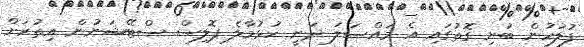
ފުލުހުން ބުނި ގޮތުގައި އެ މައްސަލަ ދަނީ ހުޅުމާލެ ޕޮލިސް ސްޓޭޝަނުން އިތުރަށް